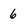
Character: 6